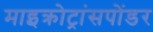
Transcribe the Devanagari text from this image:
माइक्रोट्रांसपोंडर